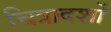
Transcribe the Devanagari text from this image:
चित्रादर्शों